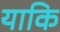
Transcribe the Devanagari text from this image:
याकि